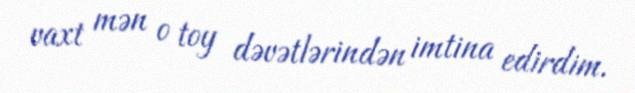
vaxt mən o toy dəvətlərindən imtina edirdim.